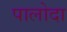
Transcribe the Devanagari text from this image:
पालोदा